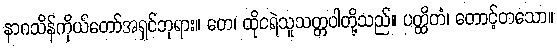
နာဂသိန်ကိုယ်တော်အရှင်ဘုရား။ တေ၊ ထိုငရဲသူသတ္တဝါတို့သည်။ ပတ္ထိတံ၊ တောင့်တသော။